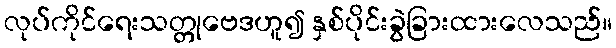
လုပ်ကိုင်ရေးသတ္တုဗေဒဟူ၍ နှစ်ပိုင်းခွဲခြားထားလေသည်။